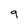
Character: 9